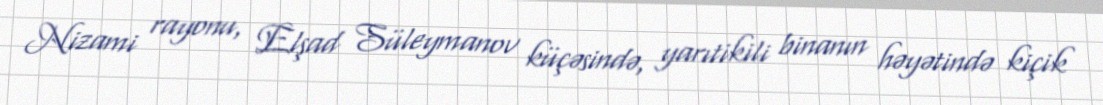
Nizami rayonu, Elşad Süleymanov küçəsində, yarıtikili binanın həyətində kiçik